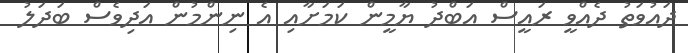
ދައުވަތު ދެއްވީ ރައީސް އަބްދު ޔާމީން ކަމަށާއި އެ ނިންމުން އަދިވެސް ބަދަލު